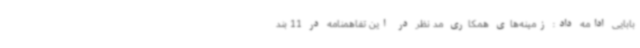
بابایی ادامه داد: زمینه‌های همکاری مد نظر در این تفاهمنامه در 11 بند